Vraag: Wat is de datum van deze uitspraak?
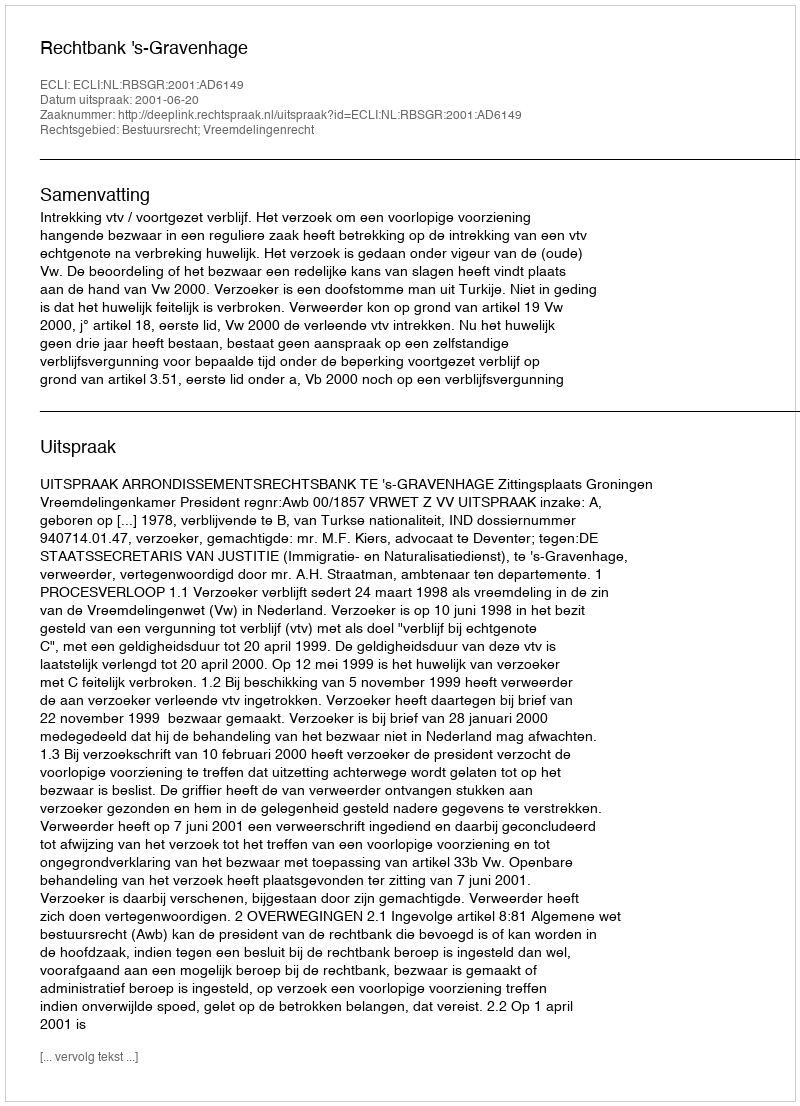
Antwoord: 2001-06-20